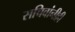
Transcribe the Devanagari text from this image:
सचिवांनीही